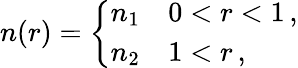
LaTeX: n(r)=\left\{ \begin{array}{ll}{n_{1}}&{0<r<1\, ,}\\ {n_{2}}&{1<r\, ,}\end{array}\right.